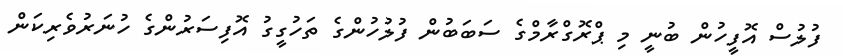
ފުލުސް އޮފީހުން ބުނީ މި ޕްރޮގްރާމްގެ ސަބަބުން ފުލުހުންގެ ތަހުގީގު އޮފިސަރުންގެ ހުނަރުވެރިކަން